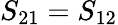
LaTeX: S_{21}=S_{12}